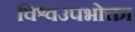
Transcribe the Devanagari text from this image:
विश्वउपभोक्ता